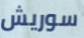
سوريش